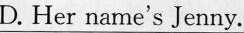
D. Her name's Jenny.